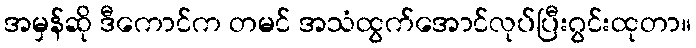
အမှန်ဆို ဒီကောင်က တမင် အသံထွက်အောင်လုပ်ပြီးဂွင်းထုတာ။